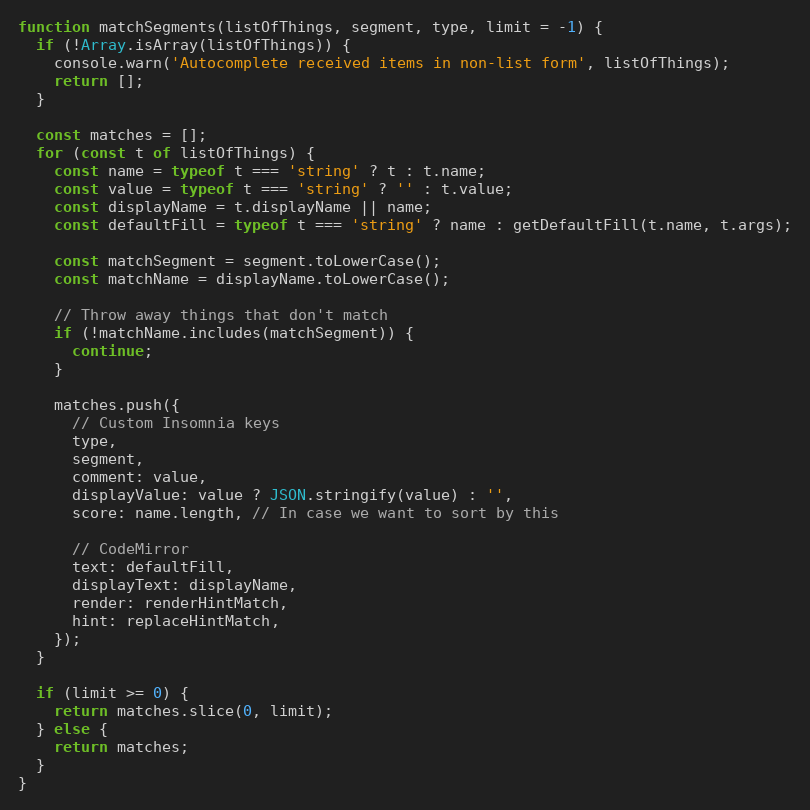
Language: JavaScript
function matchSegments(listOfThings, segment, type, limit = -1) {
  if (!Array.isArray(listOfThings)) {
    console.warn('Autocomplete received items in non-list form', listOfThings);
    return [];
  }

  const matches = [];
  for (const t of listOfThings) {
    const name = typeof t === 'string' ? t : t.name;
    const value = typeof t === 'string' ? '' : t.value;
    const displayName = t.displayName || name;
    const defaultFill = typeof t === 'string' ? name : getDefaultFill(t.name, t.args);

    const matchSegment = segment.toLowerCase();
    const matchName = displayName.toLowerCase();

    // Throw away things that don't match
    if (!matchName.includes(matchSegment)) {
      continue;
    }

    matches.push({
      // Custom Insomnia keys
      type,
      segment,
      comment: value,
      displayValue: value ? JSON.stringify(value) : '',
      score: name.length, // In case we want to sort by this

      // CodeMirror
      text: defaultFill,
      displayText: displayName,
      render: renderHintMatch,
      hint: replaceHintMatch,
    });
  }

  if (limit >= 0) {
    return matches.slice(0, limit);
  } else {
    return matches;
  }
}